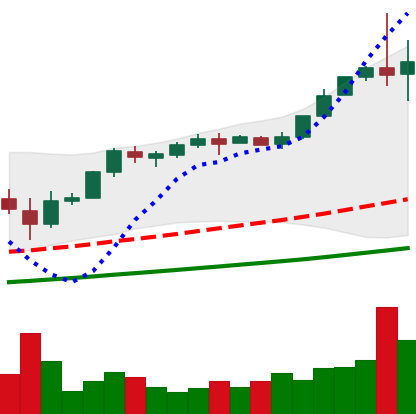
Ticker: BTC-USD
Chart end date: 2017-11-30
Forward return: 16.447%
Label: up_7plus